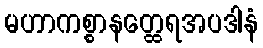
မဟာကစ္စာနတ္ထေရအပဒါနံ